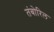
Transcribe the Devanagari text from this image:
तंबोरिल